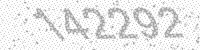
Solution: 142292